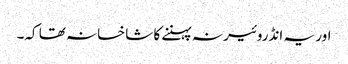
اور یہ انڈروئیر نہ پہننے کا شاخسانہ تھا کہ۔